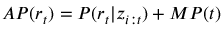
A P ( r _ { t } ) = P ( r _ { t } | \boldsymbol { z } _ { i : t } ) + M P ( t )